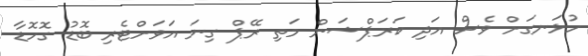
ހުޅަނގަށް ވެސް އަދި ކަރަޕްޝަން މަތި ރޭޕް ގިނަ އަވަށްޓެރި ބޮޑު ގޮހޮޑާ